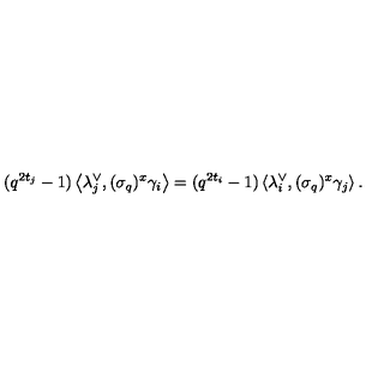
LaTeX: ( q ^ { 2 t _ { j } } - 1 ) \left\langle \lambda _ { j } ^ { \vee } , ( \sigma _ { q } ) ^ { x } \gamma _ { i } \right\rangle = ( q ^ { 2 t _ { i } } - 1 ) \left\langle \lambda _ { i } ^ { \vee } , ( \sigma _ { q } ) ^ { x } \gamma _ { j } \right\rangle .